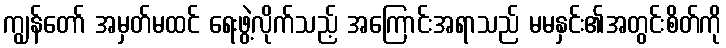
ကျွန်တော် အမှတ်မထင် ရေးဖွဲ့လိုက်သည့် အကြောင်းအရာသည် မမနှင်း၏အတွင်းစိတ်ကို